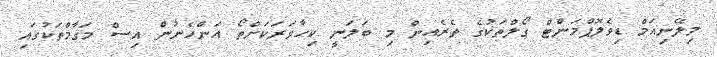
މިލޭނިއަމް ޑިވެލޮޕްމަންޓް ގޯލްތަކުގެ ތެރެއިން މި ބަލަނީ ކިހާވަރަކަށްތޯ އަންހެނުން އިސް މަގާމްތަކުގައި